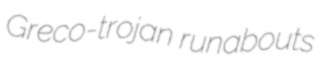
Greco-trojan runabouts